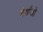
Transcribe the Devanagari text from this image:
बेर्गांजो